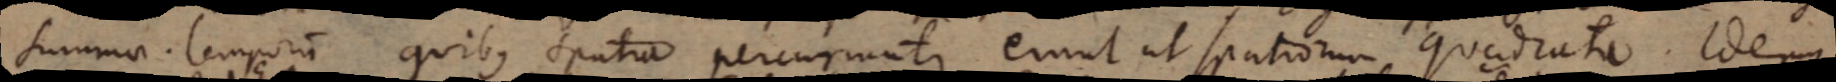
summae temporum quibus spatia percurruntur erunt ut spatiorum quadrata. Idemque